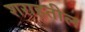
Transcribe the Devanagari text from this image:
शराहतील